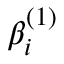
\beta _ { i } ^ { ( 1 ) }